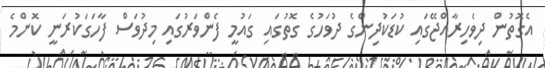
އެގޮތުން ދިވެހިރާއްޖޭގައި ކުޑަކުދިންގެ ދުވަހުގެ ގޮތުގައި ގައުމީ ފެންވަރުގައި މިދުވަސް ފާހަގަކުރަނީ ކޮންމެ